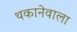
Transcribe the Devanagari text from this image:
थकानेवाला